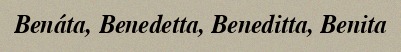
Benáta, Benedetta, Beneditta, Benita